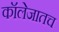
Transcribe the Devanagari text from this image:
कॉलेजातच